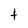
Character: t